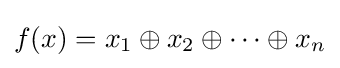
f(x)=x_{1}\oplus x_{2}\oplus \dots \oplus x_{n}